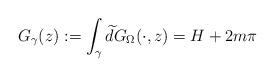
LaTeX: \begin{align*} G_{\gamma}(z):=\int_{\gamma}\widetilde{d}G_{\Omega}(\cdot,z)=H+2m\pi \end{align*}